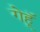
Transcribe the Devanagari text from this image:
गेहॅू